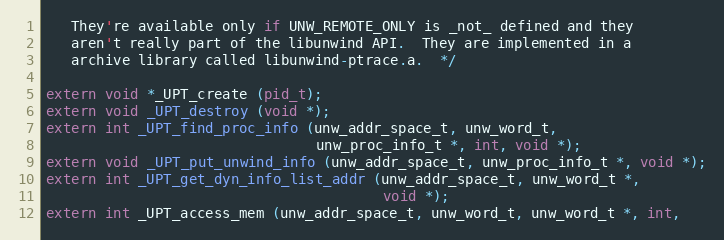
Language: C
   They're available only if UNW_REMOTE_ONLY is _not_ defined and they
   aren't really part of the libunwind API.  They are implemented in a
   archive library called libunwind-ptrace.a.  */

extern void *_UPT_create (pid_t);
extern void _UPT_destroy (void *);
extern int _UPT_find_proc_info (unw_addr_space_t, unw_word_t,
                                unw_proc_info_t *, int, void *);
extern void _UPT_put_unwind_info (unw_addr_space_t, unw_proc_info_t *, void *);
extern int _UPT_get_dyn_info_list_addr (unw_addr_space_t, unw_word_t *,
                                        void *);
extern int _UPT_access_mem (unw_addr_space_t, unw_word_t, unw_word_t *, int,